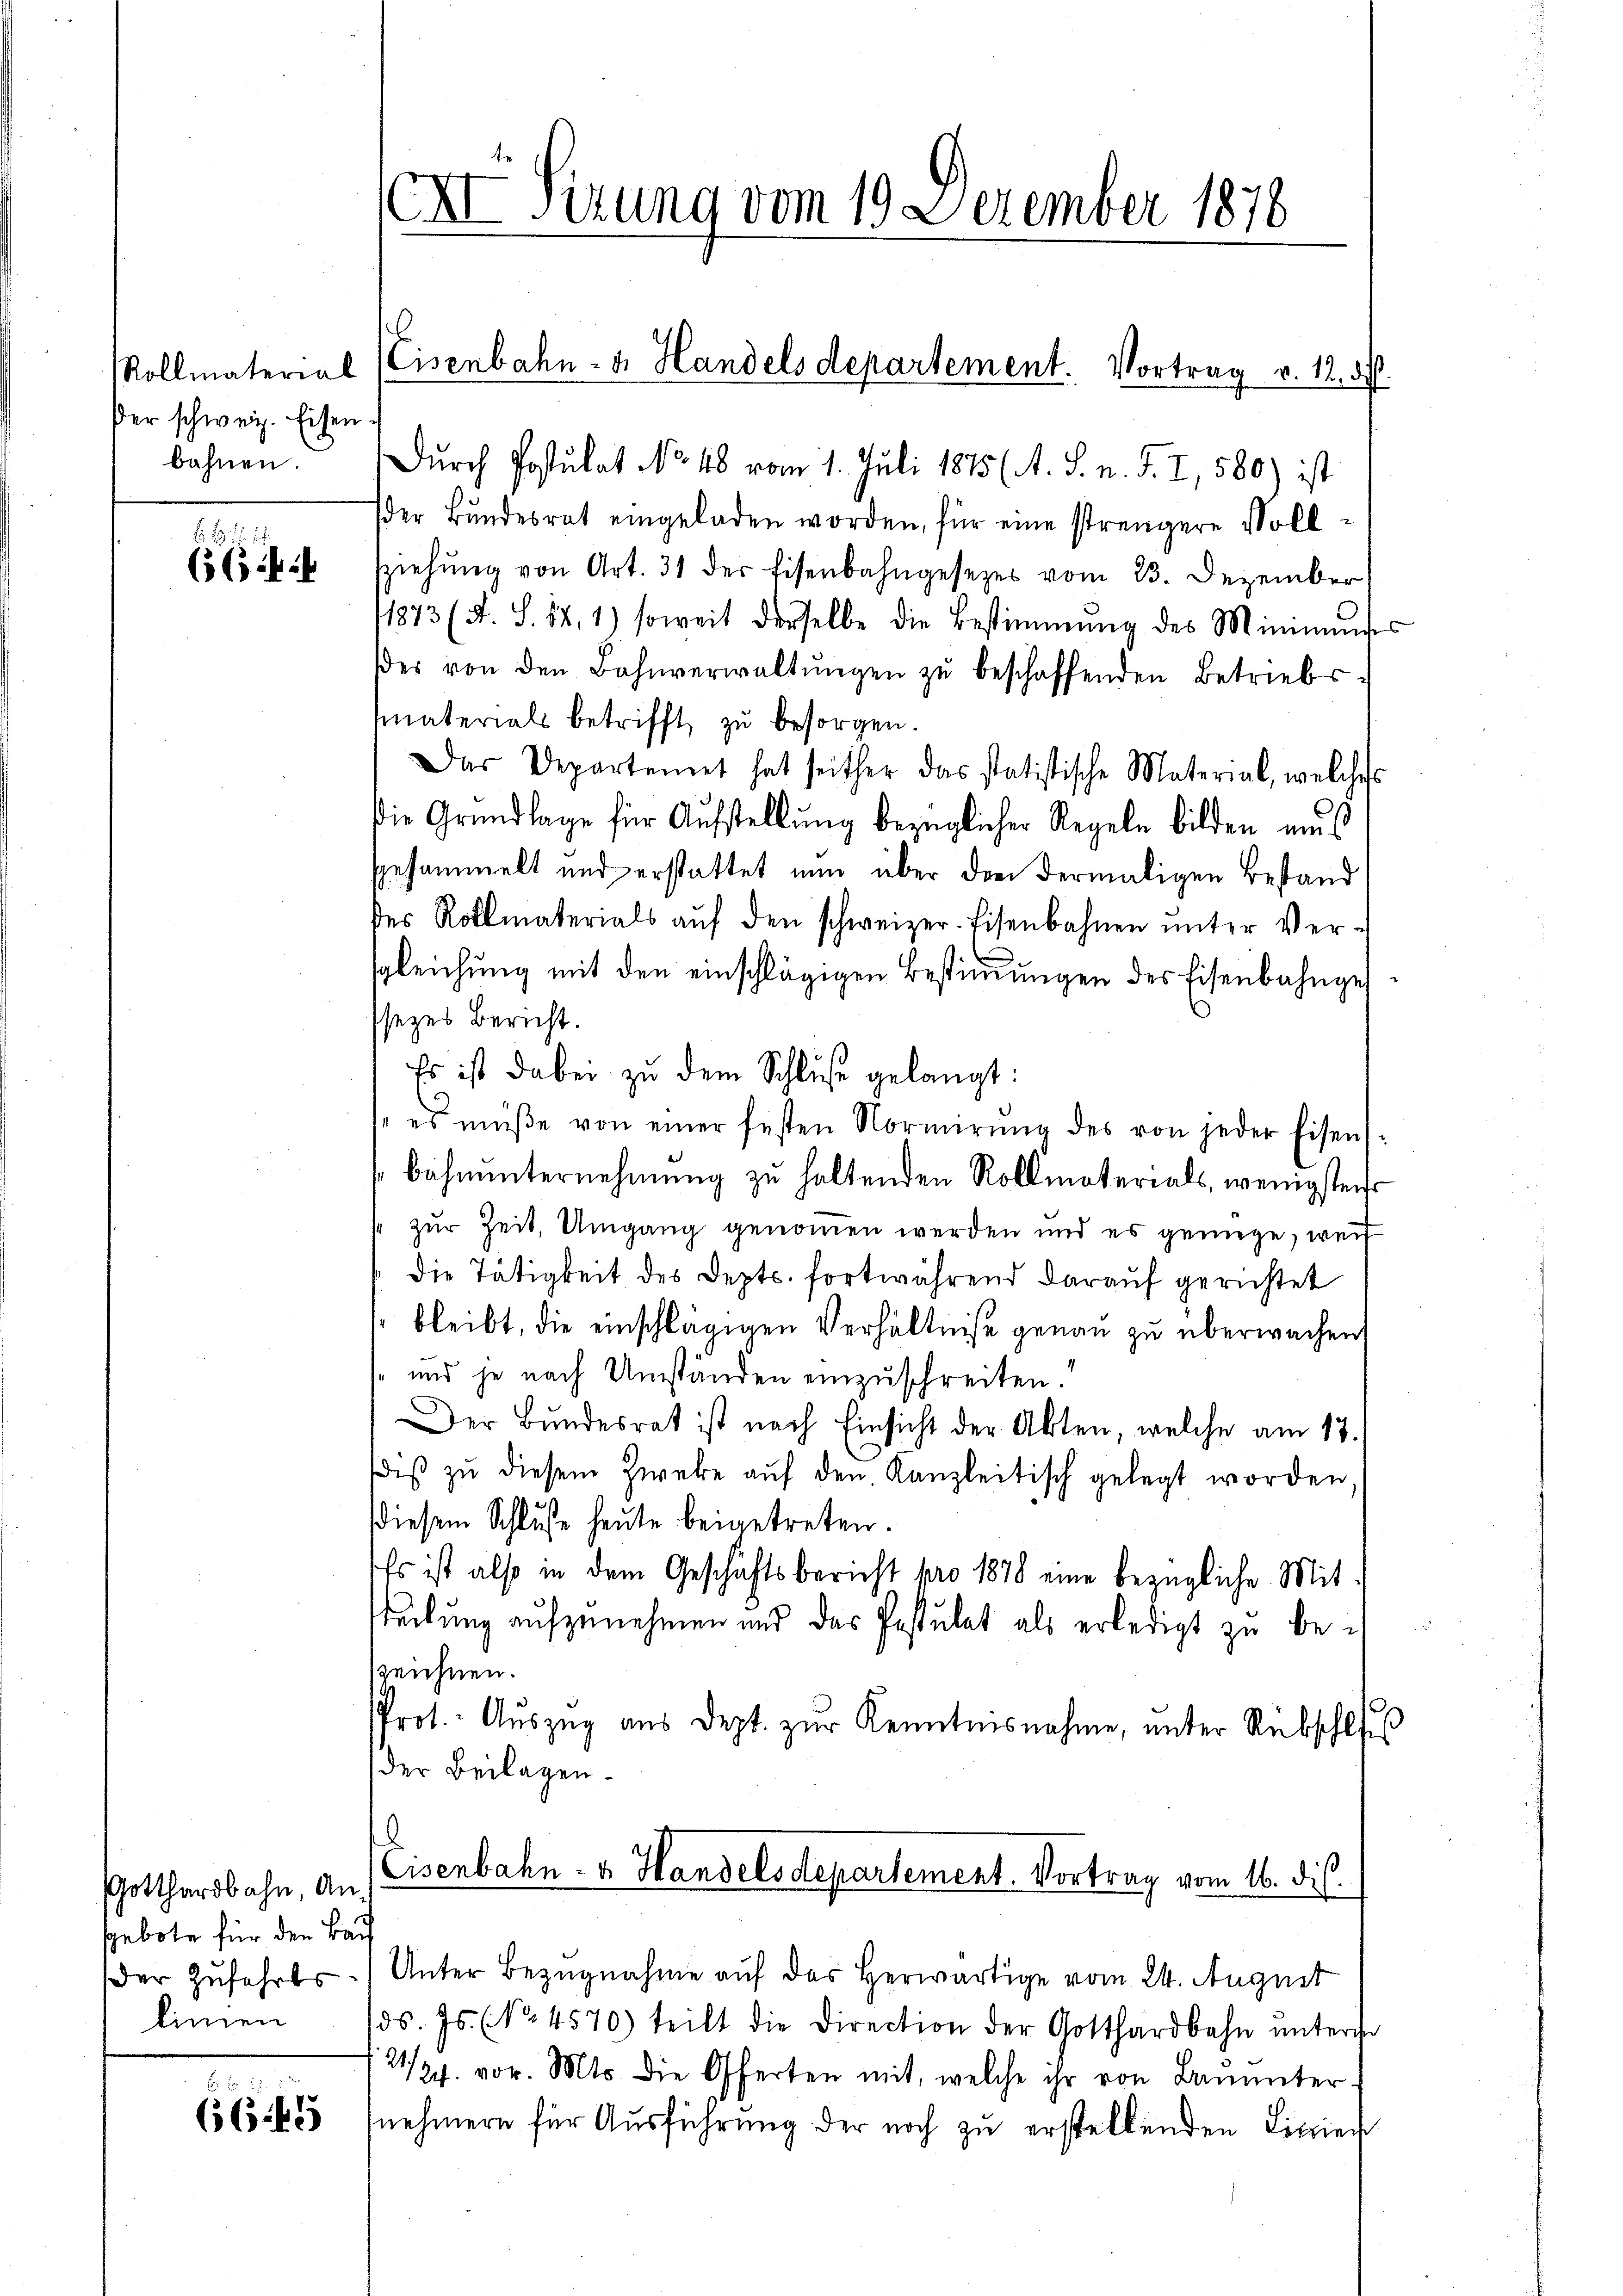
Rollmaterial
der schweiz. Eisen.
bahnen.

66

Gotthardbahn, Angebote für den Bau
Der Zufahrts
linien

.
66.45

Sirung vom 19. Dezember 1878

Durch Postulat No 48 vom 1. Juli 1875 (A. S. n. F. I, 580) ist
der Bŭndesrat eingeladen worden, für eine strengere Voll-
Ziehŭng von Art. 31 der Eisenbahngesezes vom 23. Dezember
1873 (A. S. 84, 1) soweit derselbe die Bestimmung des Minimus
dder von den Bahnverwaltŭngen zŭ beschaffenden Betriebs-
smaterials betrifft, zu besorgen.
Das Departemet hat seither das statistische Material, welches
die Grundlage für Aufstellung bezüglicher Regeln bilden muß
gesammelt und erstattet nun über den dermaligen Bestand
des Rottmaterials aŭf den schweizer-Eisenbahnen ŭnter Ver-
sgleichŭng mit den einschlägigen Bestiṁŭngen des Eisenbahngesezes Bericht.
Es ist dabei zu dem Schluße gelangt:
"es müße von einer festen Normierŭng des von jeder Eisent-
bahnunternehmung zu haltenden Rollmaterials, wenigsten
zur Zeit, Umgang genommen werden und es genüge, wei
die Tätigkeit des Depts. fortwährend darauf gerichtet
bleibt, die einschlägigen Verhältniße genau zu überwachen,
und je nach Umständen einzuschreiten.
Der Bundesrat ist nach Einsicht der Akten, welche am 17.
iβ zŭ diesem Zweke aŭf den Kanzleitisch gelegt worden.
diesem Schluße heute beigetreten.
Es ist also in dem Geschichtsbericht pro 1878 eine bezügliche Mitsteckung aufzunehmen und das Pestulat als erledigt zu bezeichnen.
Prot. Aŭszŭg aŭs dept. zŭr Kenntnisnahme, unter Rebschlies
der Beilagen.
.
Eisenbahn- u. Handels departement. Vortrag vom 16. dis.
Unter Bezugnahme auf des Herwärtige vom 24. August
ds. Js. (No. 4570) teilt die Direction der Gotthardbahn ŭnterge
1/24. vor. Mts. die Offerten mit, welche ihr von Bauunter-
nehmern für Ausführung der noch zu erstellenden Lizzien

Eisenbahn- u. Handels departement. Vortrag v. 12. di